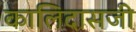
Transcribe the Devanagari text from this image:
कालिदासजी